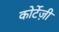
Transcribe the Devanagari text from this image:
कोर्टेज़ी